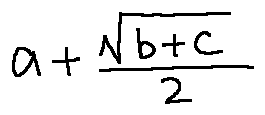
a + \frac { \sqrt { b + c } } { 2 }